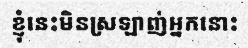
ខ្ញុំនេះមិនស្រឡាញ់អ្នកនោះ